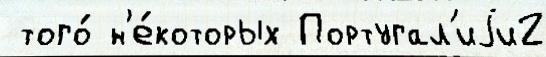
 того́ н'е́которых Португал'иjи2